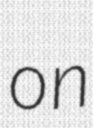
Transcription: on